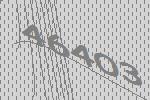
46403